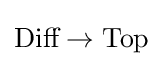
{\mbox{Diff}}\to {\mbox{Top}}